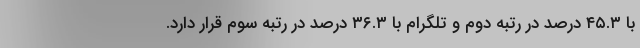
با ۴۵.۳ درصد در رتبه دوم و تلگرام با ۳۶.۳ درصد در رتبه سوم قرار دارد.